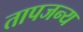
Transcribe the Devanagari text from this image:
तापजन्य